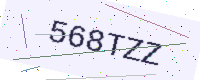
Text: 568TZZ